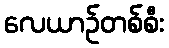
လေယာဉ်တစ်စီး